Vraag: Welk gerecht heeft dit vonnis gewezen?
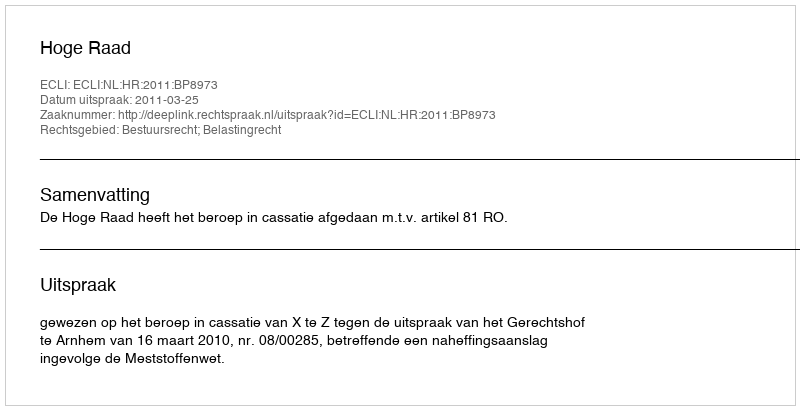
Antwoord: Hoge Raad